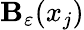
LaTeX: \mathbf{B}_{\varepsilon}(x_{j})